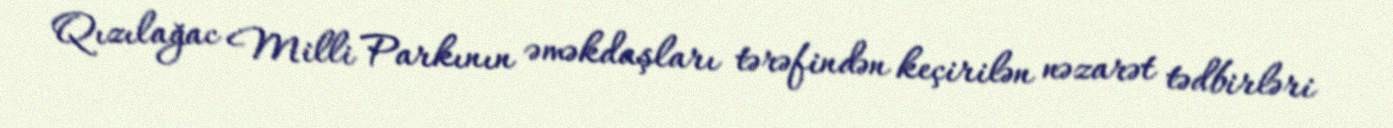
Qızılağac Milli Parkının əməkdaşları tərəfindən keçirilən nəzarət tədbirləri